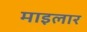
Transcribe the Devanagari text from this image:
माइलार